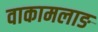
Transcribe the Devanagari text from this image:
वाकामलाङ